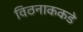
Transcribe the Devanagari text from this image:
विठनाककडे